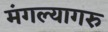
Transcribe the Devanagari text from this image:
मंगल्यागरु